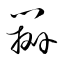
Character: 瓣